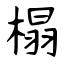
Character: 榻